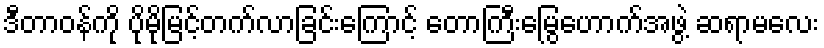
ဒီတာဝန်ကို ပိုမိုမြင့်တက်လာခြင်းကြောင့် တောကြီးမြွေဟောက်အဖွဲ့ ဆရာမလေး